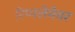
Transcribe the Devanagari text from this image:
रिप्‍पलेमेयर